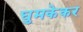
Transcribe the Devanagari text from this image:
घुमकेकर